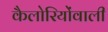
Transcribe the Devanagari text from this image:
कैलोरियोंवाली